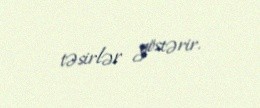
təsirlər göstərir.